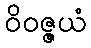
ဝိဝဇ္ဇယံ